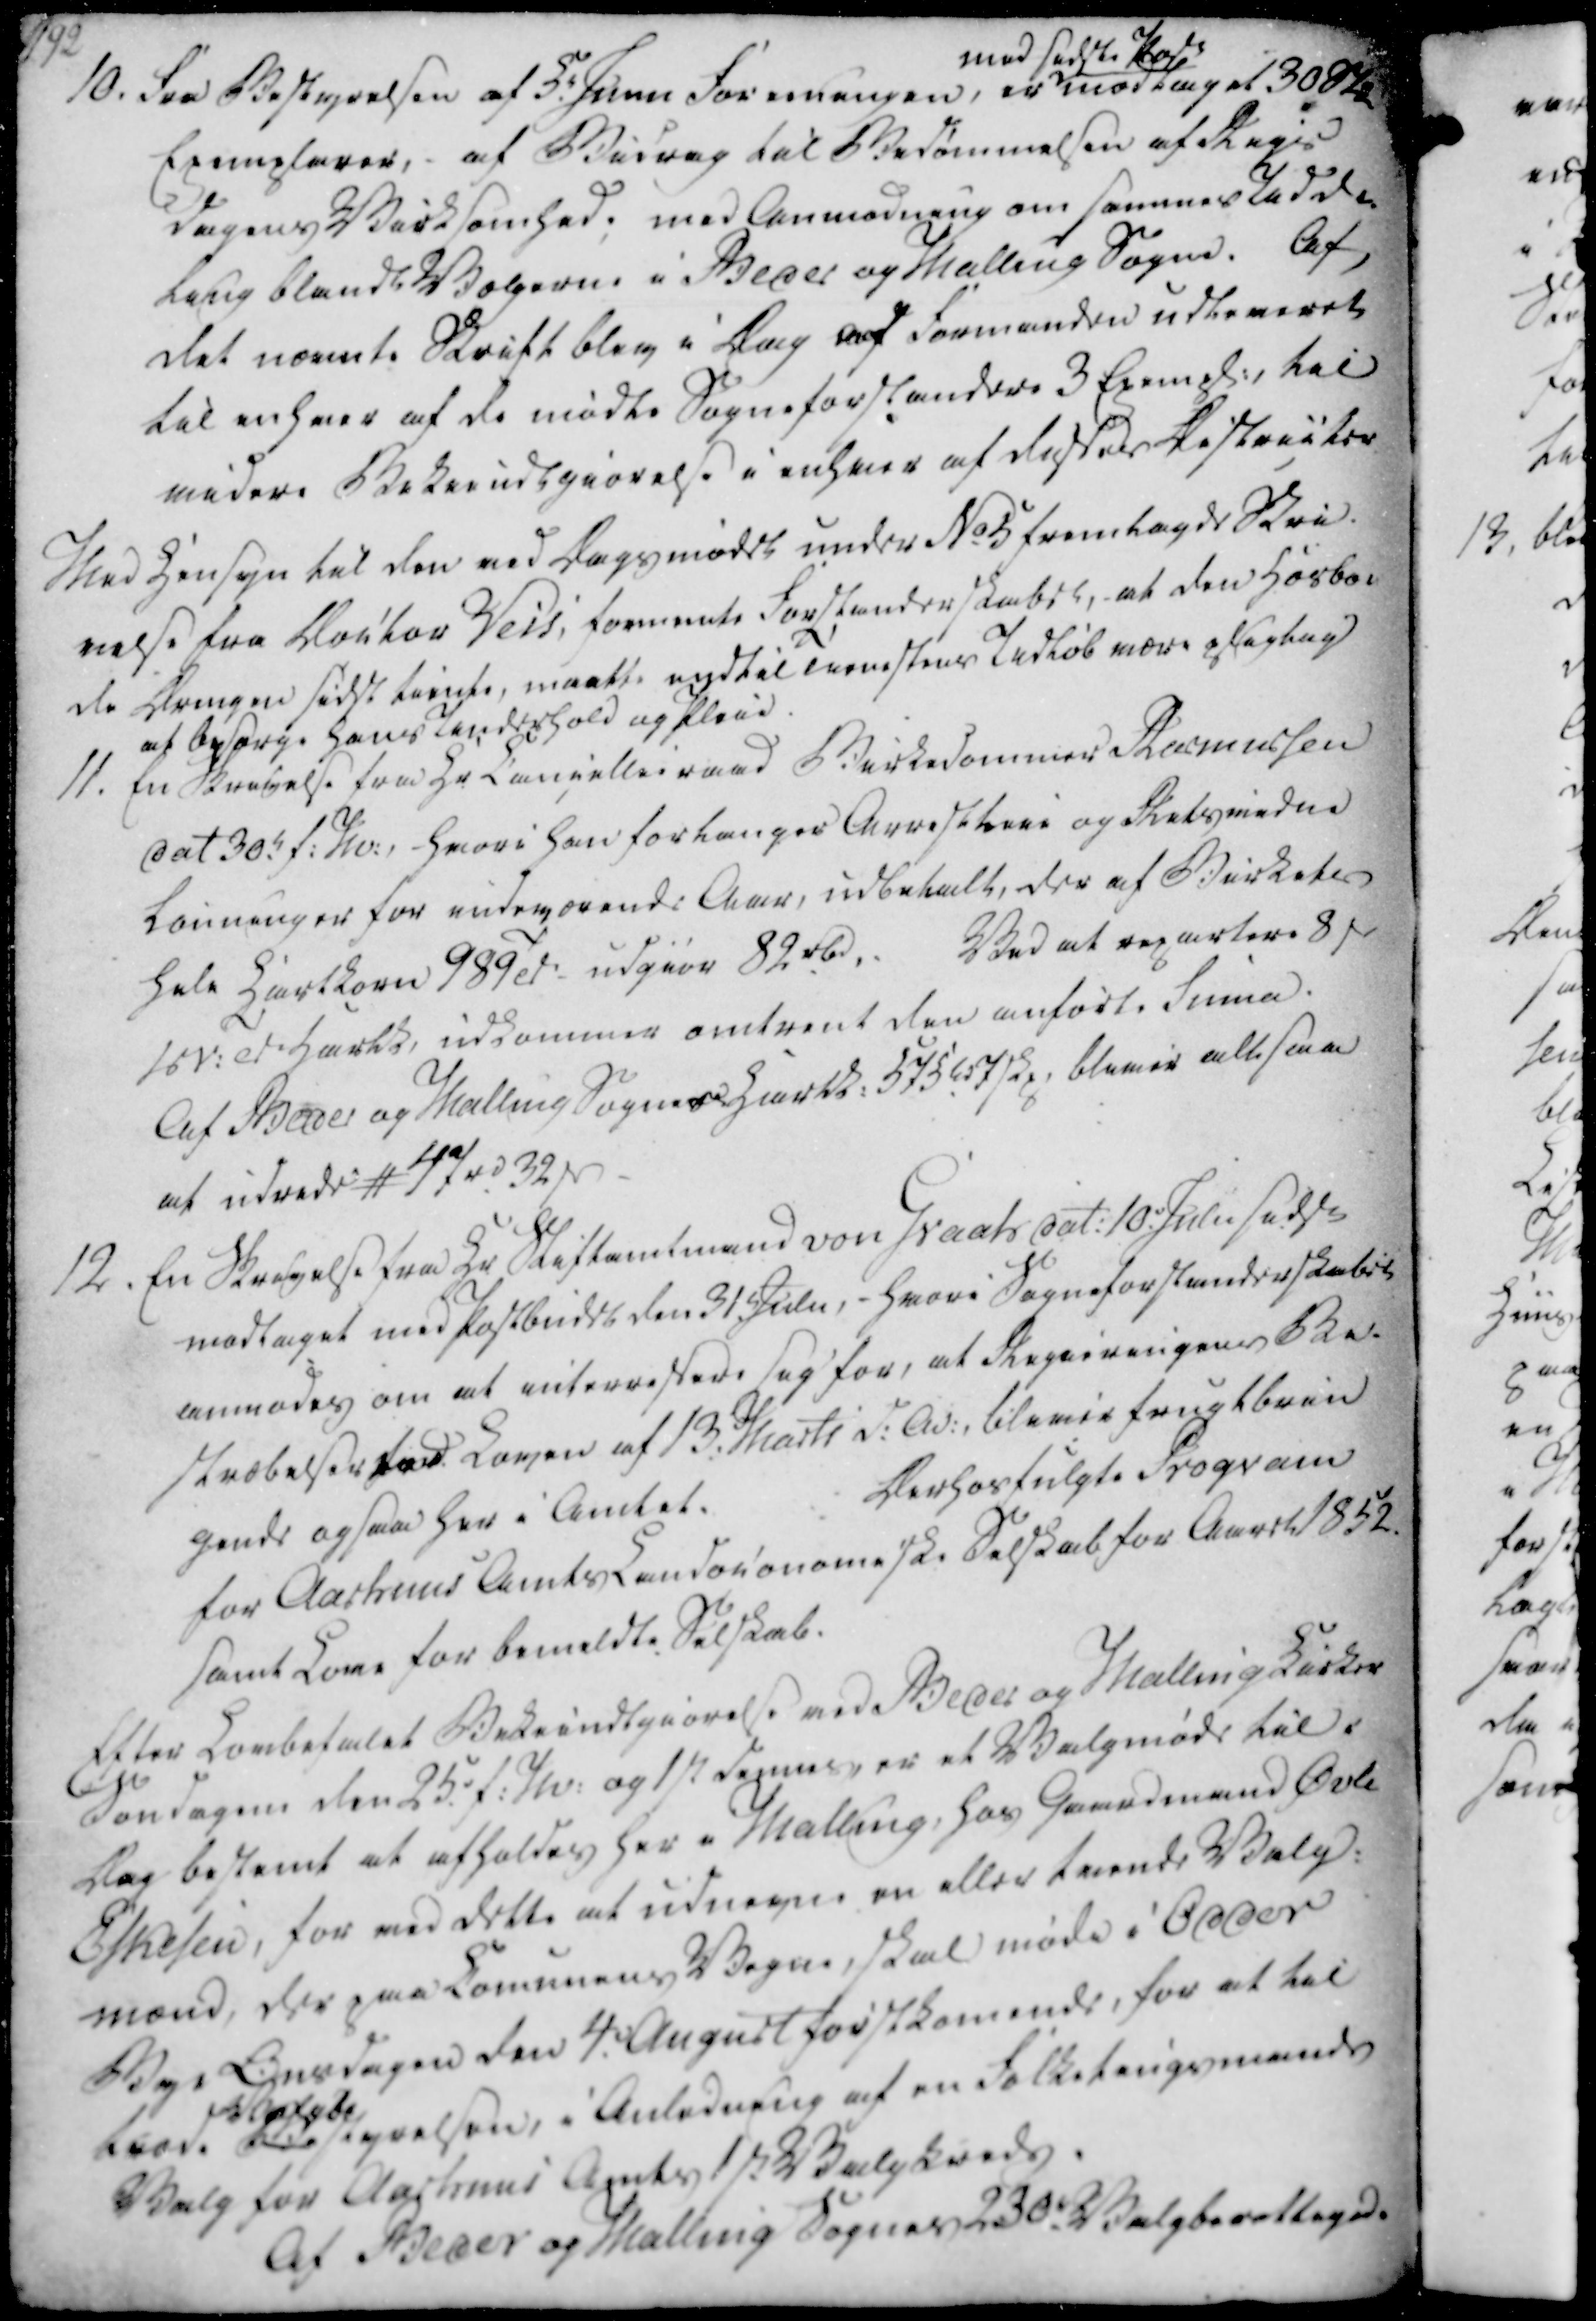
Transskription:
10. Fra Bestyrelsen af 3. Junii Formangen, er

med sidste Post

modtaget 30 Stk

Exemplarer, - af Bidrag til Bedømmelsen af Rigs-

dagens Virksomhed; med Anmodning om sammes Udde-

ling blandt Vælgerne i Beder og Malling Sogne. Af,

det nævnte Skrift blev i Dag af Formanden udleveret

til enhver af de mødte Sogneforstandere 3 Exempl., til

videre Bekiendtgiørelse i enhver af disses Districter

10. Fra Bestyrelsen af 3. Junii Formangen, er
med sidste Post
modtaget 30 Stk
Exemplarer, - af Bidrag til Bedømmelsen af Rigs-
dagens Virksomhed; med Anmodning om sammes Udde-
ling blandt Vælgerne i Beder og Malling Sogne. Af,
det nævnte Skrift blev i Dag af Formanden udleveret
til enhver af de mødte Sogneforstandere 3 Exempl., til
videre Bekiendtgiørelse i enhver af disses Districter

Med Hensyn til den ved Dagsmødet under No 5 fremlagde Skri-

velse fra Doctor Weis, formente Forstanderskabet, at den Hosbo-

de Drengs sidst tiente, maatte indtil Tienestens Udløb være pligtig

at besørge hans Underhold og Pleie.

Med Hensyn til den ved Dagsmødet under No 5 fremlagde Skri-
velse fra Doctor Weis, formente Forstanderskabet, at den Hosbo-
de Drengs sidst tiente, maatte indtil Tienestens Udløb være pligtig
at besørge hans Underhold og Pleie.

11. En Skrivelse fra Hr Cancellieraad Birkedommer Rasmussen

dat 30. f.M., hvori han forlanger Arresttire og Retsvidne

Lønninger for indeværende Aar, udbetalt, der af Birkete

hele Hartkorn 989 Td: udgiør 82 Rbd.

Ved at repartere 8 ẞ

: Td. Hartk, udkommer omtrent den anførte Suma.

Af Beder og Malling Sognes Hartk. 575 td 7 skp. bliver allesaa

at udrede #47 rd 32 ẞ

11. En Skrivelse fra Hr Cancellieraad Birkedommer Rasmussen
dat 30. f.M., hvori han forlanger Arresttire og Retsvidne
Lønninger for indeværende Aar, udbetalt, der af Birkete
hele Hartkorn 989 Td: udgiør 82 Rbd.
Ved at repartere 8 ẞ
: Td. Hartk, udkommer omtrent den anførte Suma.
Af Beder og Malling Sognes Hartk. 575 td 7 skp. bliver allesaa
at udrede #47 rd 32 ẞ

12. En Skrivelse fra Hr Stiftamtmand von Graats dat. 10 Julii sidstl

modtaget med Postbudet den 31 Julii, hvori Sogneforstanderskabet

anmodes om at interressere sig for, at Regieringens Be-

stræbelser ved Loven af 13. Marts d.A., blever frugt brin

gende ogsaa her i Amtet.

Derhosfulgte Program

for Aarhuus Amts Landøkonomiske Selskab for Aaret 1852

samt Love for bemeldte Selskab.

12. En Skrivelse fra Hr Stiftamtmand von Graats dat. 10 Julii sidstl
modtaget med Postbudet den 31 Julii, hvori Sogneforstanderskabet
anmodes om at interressere sig for, at Regieringens Be-
stræbelser ved Loven af 13. Marts d.A., blever frugt brin
gende ogsaa her i Amtet.
Derhosfulgte Program
for Aarhuus Amts Landøkonomiske Selskab for Aaret 1852
samt Love for bemeldte Selskab.

Efter Lovbefalet Bekiendtgiørelse ved Beder og Malling Kirke

Søndagen den 25. f.M. og 1ste dennes, er et Valgmøde til i

Dag bestemt at afholdes her i Malling hos Gaardmand Øvle

Eskesen, for ved dette at udnævne en eller tvende Valg-

mænd, der paa Comunens Vegne, skal møde i Odder

Bye Onsdagen den 4. August førstkomende, for at til

trod.

Vælgede

Bestyrelsen, i Anledning af en Folketingsmands

Valg for Aarhuus Amts 1ste Valgkreds.

Af Beder og Malling Sognes 230. Valgberettigede

Efter Lovbefalet Bekiendtgiørelse ved Beder og Malling Kirke
Søndagen den 25. f.M. og 1ste dennes, er et Valgmøde til i
Dag bestemt at afholdes her i Malling hos Gaardmand Øvle
Eskesen, for ved dette at udnævne en eller tvende Valg-
mænd, der paa Comunens Vegne, skal møde i Odder
Bye Onsdagen den 4. August førstkomende, for at til
trod.
Vælgede
Bestyrelsen, i Anledning af en Folketingsmands
Valg for Aarhuus Amts 1ste Valgkreds.
Af Beder og Malling Sognes 230. Valgberettigede